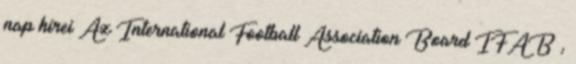
nap hírei Az International Football Association Board IFAB ,